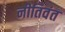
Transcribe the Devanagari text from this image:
नीतिवंत